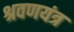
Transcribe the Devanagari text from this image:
श्रवणयंत्र